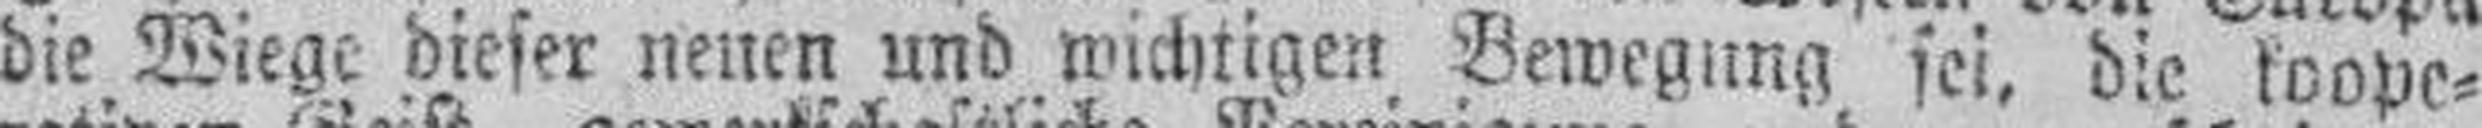
die Wiege dieser neuen und wichtigen Bewegung sei, die koope¬